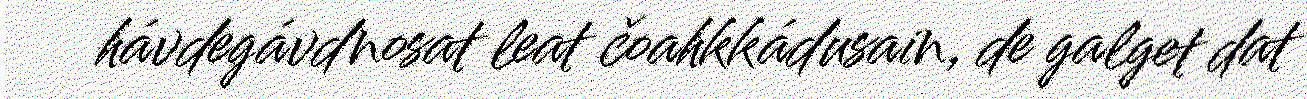
hávdegávdnosat leat čoahkkádusain, de galget dat